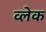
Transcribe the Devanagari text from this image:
व्लेक